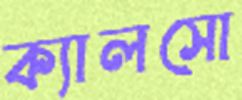
ক্যালসো